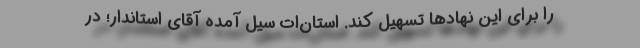
را برای این نهادها تسهیل کند. استان‌ات سیل آمده آقای استاندار؛ در